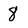
Character: 8